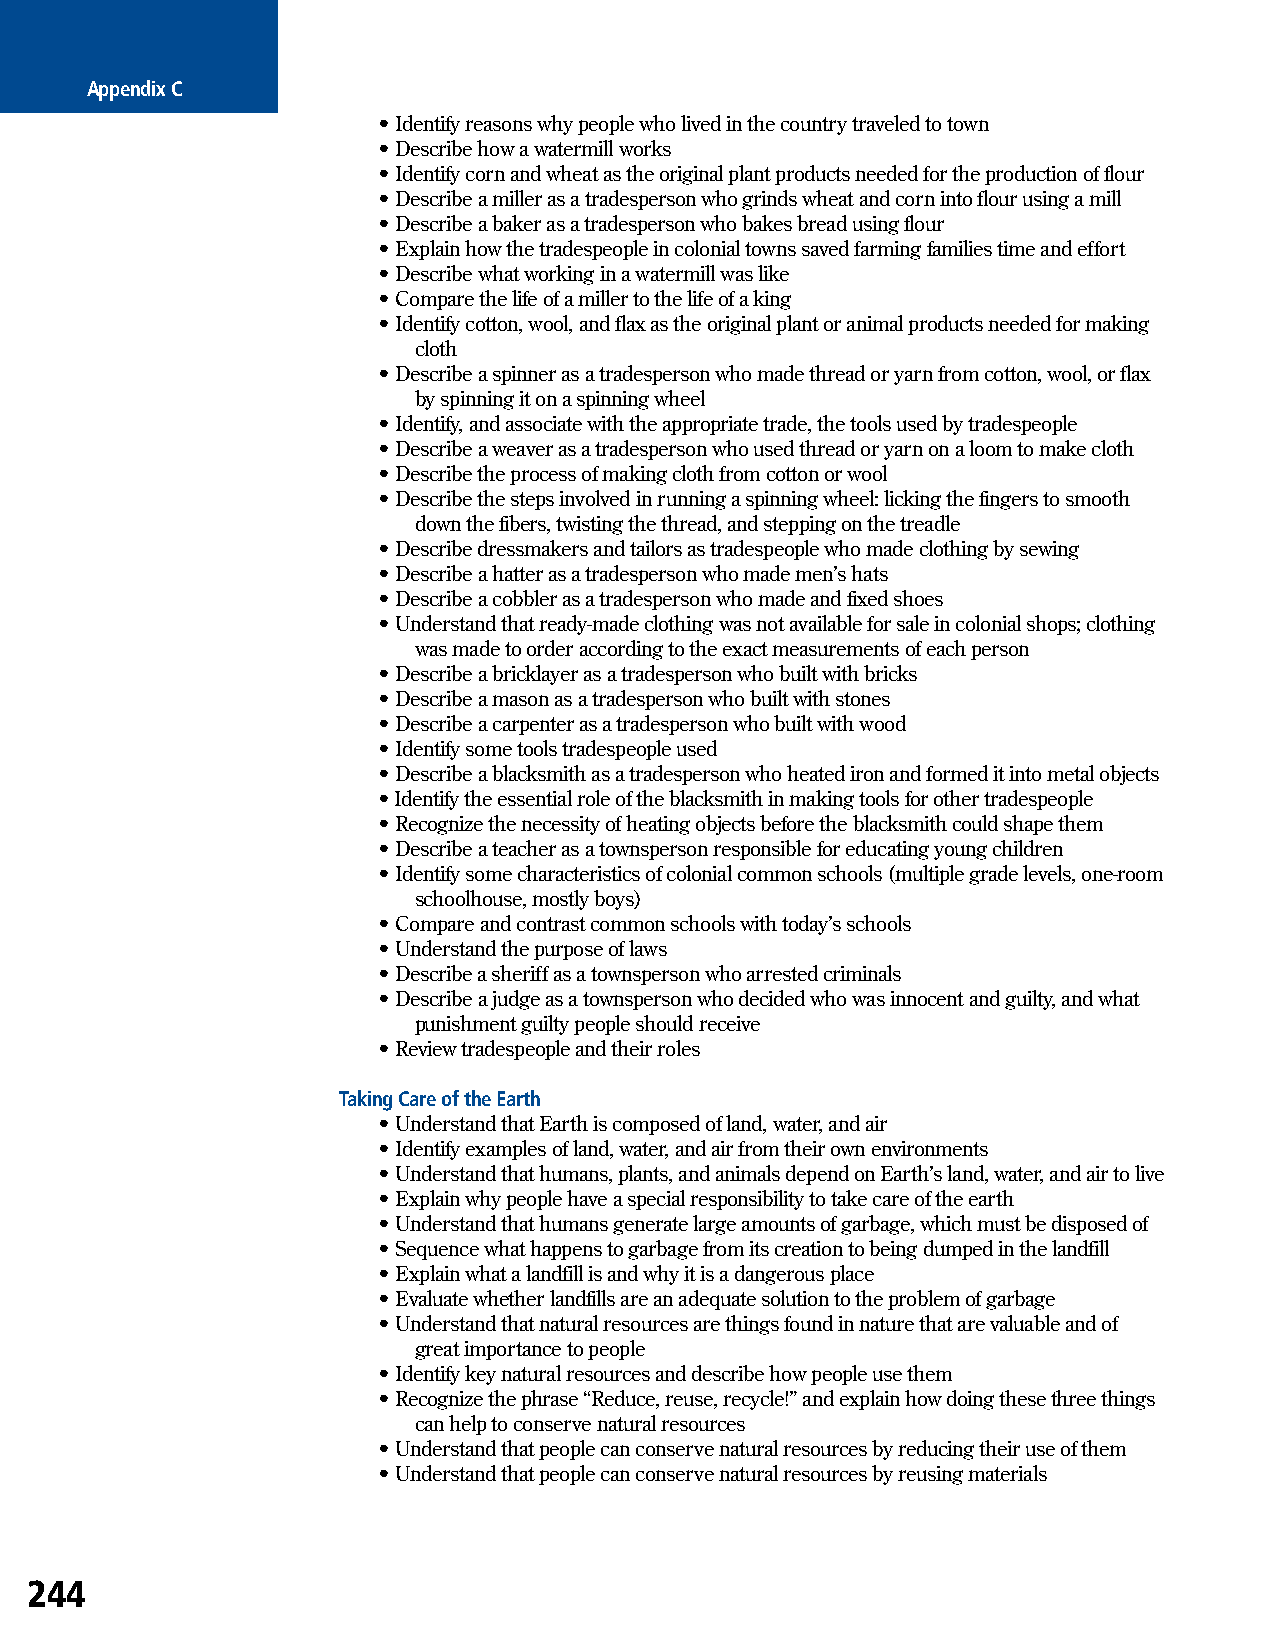
Appendix C
 • Identify reasons why people who lived in the country traveled to town
 • Describe how a watermill works
 • Identify corn and wheat as the original plant products needed for the production of flour
 • Describe a miller as a tradesperson who grinds wheat and corn into flour using a mill
 • Describe a baker as a tradesperson who bakes bread using flour
 • Explain how the tradespeople in colonial towns saved farming families time and effort
 • Describe what working in a watermill was like
 • Compare the life of a miller to the life of a king
 • Identify cotton, wool, and flax as the original plant or animal products needed for making
 cloth
 • Describe a spinner as a tradesperson who made thread or yarn from cotton, wool, or flax
 by spinning it on a spinning wheel
 • Identify, and associate with the appropriate trade, the tools used by tradespeople
 • Describe a weaver as a tradesperson who used thread or yarn on a loom to make cloth
 • Describe the process of making cloth from cotton or wool
 • Describe the steps involved in running a spinning wheel: licking the fingers to smooth
 down the fibers, twisting the thread, and stepping on the treadle
 • Describe dressmakers and tailors as tradespeople who made clothing by sewing
 • Describe a hatter as a tradesperson who made men’s hats
 • Describe a cobbler as a tradesperson who made and fixed shoes
 • Understand that ready-made clothing was not available for sale in colonial shops; clothing
 was made to order according to the exact measurements of each person
 • Describe a bricklayer as a tradesperson who built with bricks
 • Describe a mason as a tradesperson who built with stones
 • Describe a carpenter as a tradesperson who built with wood
 • Identify some tools tradespeople used
 • Describe a blacksmith as a tradesperson who heated iron and formed it into metal objects
 • Identify the essential role of the blacksmith in making tools for other tradespeople
 • Recognize the necessity of heating objects before the blacksmith could shape them
 • Describe a teacher as a townsperson responsible for educating young children
 • Identify some characteristics of colonial common schools (multiple grade levels, one-room
 schoolhouse, mostly boys)
 • Compare and contrast common schools with today’s schools
 • Understand the purpose of laws
 • Describe a sheriff as a townsperson who arrested criminals
 • Describe a judge as a townsperson who decided who was innocent and guilty, and what
 punishment guilty people should receive
 • Review tradespeople and their roles
 Taking Care of the Earth
 • Understand that Earth is composed of land, water, and air
 • Identify examples of land, water, and air from their own environments
 • Understand that humans, plants, and animals depend on Earth’s land, water, and air to live
 • Explain why people have a special responsibility to take care of the earth
 • Understand that humans generate large amounts of garbage, which must be disposed of
 • Sequence what happens to garbage from its creation to being dumped in the landfill
 • Explain what a landfill is and why it is a dangerous place
 • Evaluate whether landfills are an adequate solution to the problem of garbage
 • Understand that natural resources are things found in nature that are valuable and of
 great importance to people
 • Identify key natural resources and describe how people use them
 • Recognize the phrase “Reduce, reuse, recycle!” and explain how doing these three things
 can help to conserve natural resources
 • Understand that people can conserve natural resources by reducing their use of them
 • Understand that people can conserve natural resources by reusing materials
 244